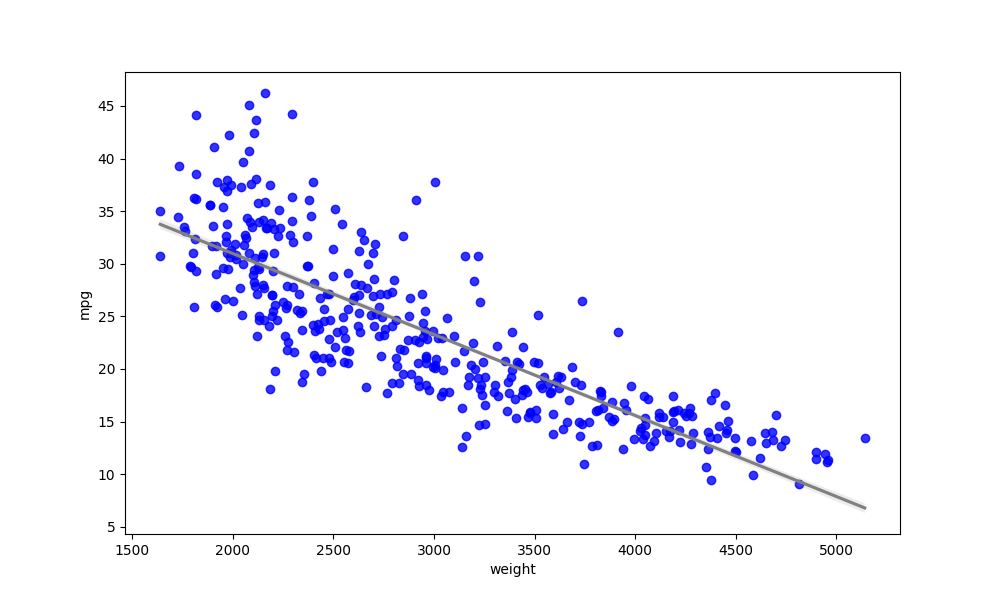
python, seaborn, regplot, order=1, ci=68, scatter_color=blue, line_color=gray